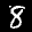
Label: 8